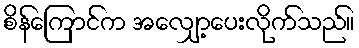
စိန်ကြောင်က အလျှော့ပေးလိုက်သည်။